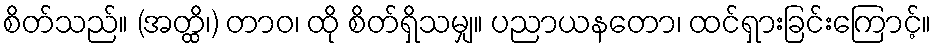
စိတ်သည်။ (အတ္ထိ၊) တာဝ၊ ထို စိတ်ရှိသမျှ။ ပညာယနတော၊ ထင်ရှားခြင်းကြောင့်။